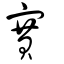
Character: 賽